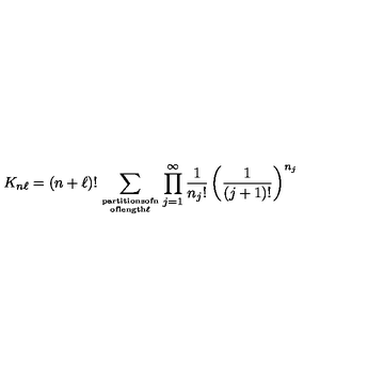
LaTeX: K _ { n \ell } = ( n + \ell ) ! \sum _ { { \mathrm { \scriptsize p a r t i t i o n s o f n } } \atop { \mathrm { \scriptsize o f l e n g t h \ell } } } \prod _ { j = 1 } ^ { \infty } \frac { 1 } { { n _ { j } } ! } \left( \frac { 1 } { ( j + 1 ) ! } \right) ^ { n _ { j } }